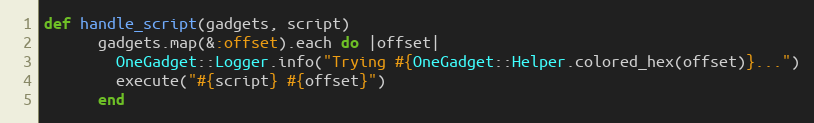
Language: Ruby
def handle_script(gadgets, script)
      gadgets.map(&:offset).each do |offset|
        OneGadget::Logger.info("Trying #{OneGadget::Helper.colored_hex(offset)}...")
        execute("#{script} #{offset}")
      end